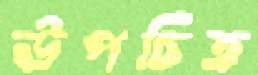
উপচিত